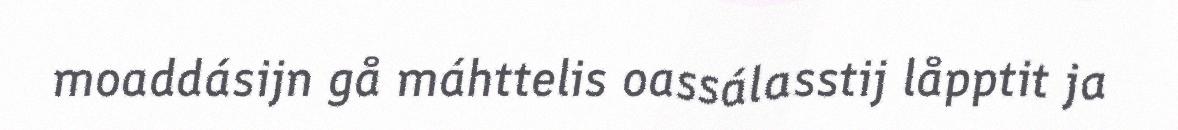
moaddásijn gå máhttelis oassálasstij låpptit ja